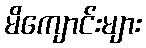
မိကျောင်းများ